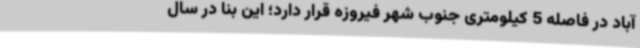
آباد در فاصله 5 کیلومتری جنوب شهر فیروزه قرار دارد؛ این بنا در سال